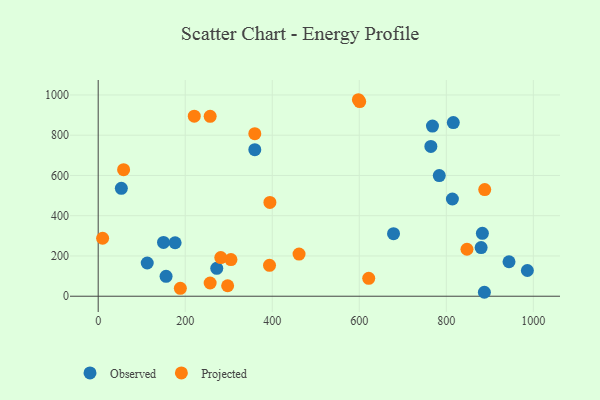
{"axis": {"x": "Study Hours", "y": "Exam Score"}, "legend": ["Observed", "Projected"], "data": [{"x": "176.8", "y": 265.6, "type": "Observed"}, {"x": "887.5", "y": 19.6, "type": "Observed"}, {"x": "816.1", "y": 862.9, "type": "Observed"}, {"x": "880.0", "y": 241.6, "type": "Observed"}, {"x": "112.7", "y": 165.0, "type": "Observed"}, {"x": "986.3", "y": 127.9, "type": "Observed"}, {"x": "156.0", "y": 98.7, "type": "Observed"}, {"x": "768.2", "y": 845.6, "type": "Observed"}, {"x": "764.5", "y": 744.1, "type": "Observed"}, {"x": "272.5", "y": 138.5, "type": "Observed"}, {"x": "53.2", "y": 536.3, "type": "Observed"}, {"x": "882.9", "y": 312.3, "type": "Observed"}, {"x": "944.1", "y": 171.3, "type": "Observed"}, {"x": "150.1", "y": 267.4, "type": "Observed"}, {"x": "814.0", "y": 483.1, "type": "Observed"}, {"x": "359.9", "y": 728.1, "type": "Observed"}, {"x": "678.7", "y": 311.0, "type": "Observed"}, {"x": "783.8", "y": 599.4, "type": "Observed"}, {"x": "220.8", "y": 894.4, "type": "Projected"}, {"x": "621.7", "y": 88.7, "type": "Projected"}, {"x": "257.3", "y": 893.9, "type": "Projected"}, {"x": "297.5", "y": 52.0, "type": "Projected"}, {"x": "58.4", "y": 628.6, "type": "Projected"}, {"x": "461.6", "y": 209.6, "type": "Projected"}, {"x": "393.7", "y": 153.6, "type": "Projected"}, {"x": "305.1", "y": 182.3, "type": "Projected"}, {"x": "188.8", "y": 39.1, "type": "Projected"}, {"x": "281.7", "y": 192.2, "type": "Projected"}, {"x": "601.0", "y": 966.9, "type": "Projected"}, {"x": "394.6", "y": 466.1, "type": "Projected"}, {"x": "847.5", "y": 233.3, "type": "Projected"}, {"x": "257.3", "y": 65.7, "type": "Projected"}, {"x": "359.9", "y": 807.5, "type": "Projected"}, {"x": "10.2", "y": 288.0, "type": "Projected"}, {"x": "888.3", "y": 530.0, "type": "Projected"}, {"x": "598.0", "y": 976.3, "type": "Projected"}]}